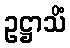
ဥဋ္ဌာသိံ